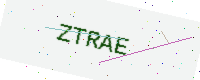
Text: ZTRAE